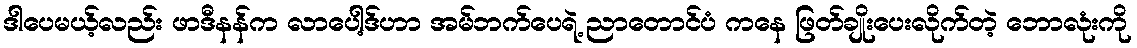
ဒါပေမယ့်လည်း ဖာဒီနန်က လာပေါ့ဒ်ဟာ အမ်ဘက်ပေရဲ့ ညာတောင်ပံ ကနေ ဖြတ်ချိုးပေးလိုက်တဲ့ ဘောလုံးကို